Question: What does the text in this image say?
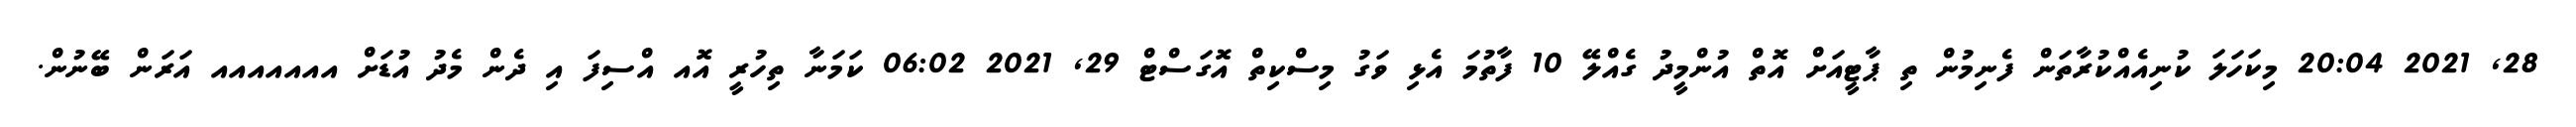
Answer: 28, 2021 20:04 މިކަހަލަ ކުނިއެއްކުރާތަން ފެނިމުން ތި ޕާޓީއަށް އޮތް އުންމީދު ގެއްލޭ 10 ފާތުމަ އެޅި ވަގު މިސްކިތް އޮގަސްޓް 29, 2021 06:02 ކަމަނާ ތިހުރީ އޮއ އްސިފަ އި ދެން މެދު އުޑަށް އއއއއއއ އަރަން ބޭނުން.